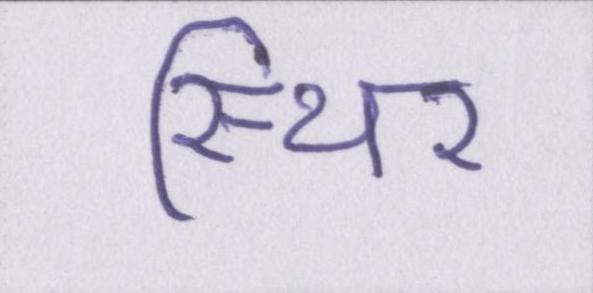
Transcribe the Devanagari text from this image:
स्थिर